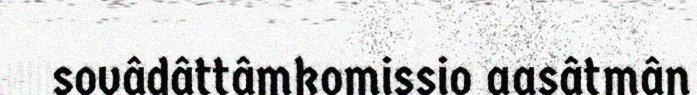
sovâdâttâmkomissio aasâtmân